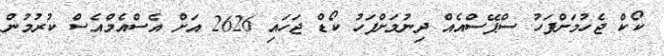
ކޯކް ޖެހުމަށްފަހު ސްޕޭސްއެއް ދިނުމަށްފަހު ކޯޑް ޖަހައި 2626 އަށް އެސްއެމްއެސް ކުރުމުން